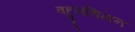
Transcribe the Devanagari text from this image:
बहुसंधिमान